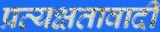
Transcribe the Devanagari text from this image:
प्रत्यक्षतावादी